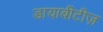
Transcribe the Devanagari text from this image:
डायाबीटीज़